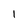
Character: 1